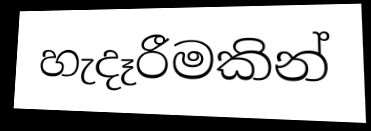
හැදෑරීමකින්